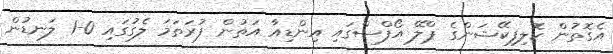
އެގޮތުން ކޮލިފިކޭޝަންގެ ޕްލޭ އޯފްސްގައި އިންޑިއާ އަތުން ފުރަތަމަ ލެގުގައި 0-1 ލަނޑުން